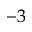
- 3